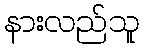
နားလည်သူ